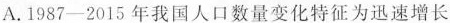
A.1987-2015年我国人口数量变化特征为迅速增长